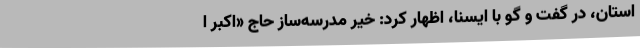
استان، در گفت و گو با ایسنا، اظهار کرد: خیر مدرسه‌ساز حاج «اکبر ا